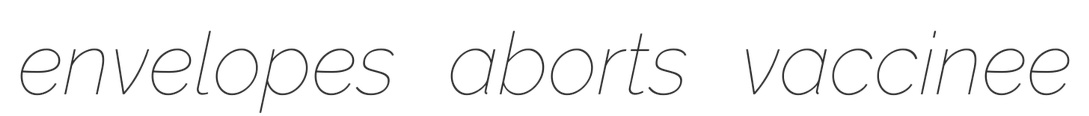
envelopes aborts vaccinee